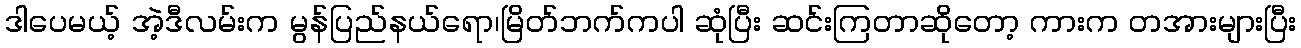
ဒါပေမယ့် အဲ့ဒီလမ်းက မွန်ပြည်နယ်ရော၊မြိတ်ဘက်ကပါ ဆုံပြီး ဆင်းကြတာဆိုတော့ ကားက တအားများပြီး